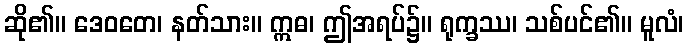
ဆို၏။ ဒေဝတေ၊ နတ်သား။ ဣဓ၊ ဤအရပ်၌။ ရုက္ခဿ၊ သစ်ပင်၏။ မူလံ၊